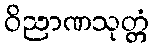
ဝိညာဏသုတ္တံ